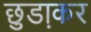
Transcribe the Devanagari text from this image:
छुडा़कर